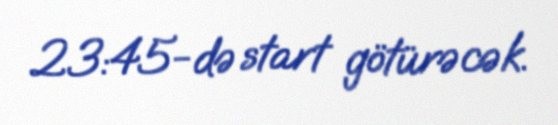
23:45-də start götürəcək.